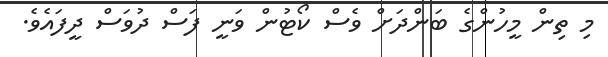
މި ތިން މީހުންގެ ބަންދަށް ވެސް ކޯޓުން ވަނީ ފަސް ދުވަސް ދީފައެވެ.